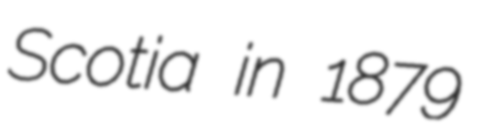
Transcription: Scotia in 1879